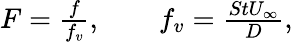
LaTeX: \begin{array}{r}{F=\frac{f}{f_{v}},\qquad f_{v}=\frac{StU_{\infty}}{D},}\end{array}